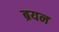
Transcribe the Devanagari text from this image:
ब्रयन